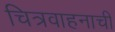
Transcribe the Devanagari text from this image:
चित्रवाहनाची